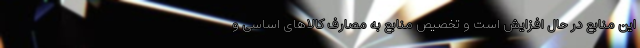
این منابع در حال افزایش است و تخصیص منابع به مصارف کالاهای اساسی و